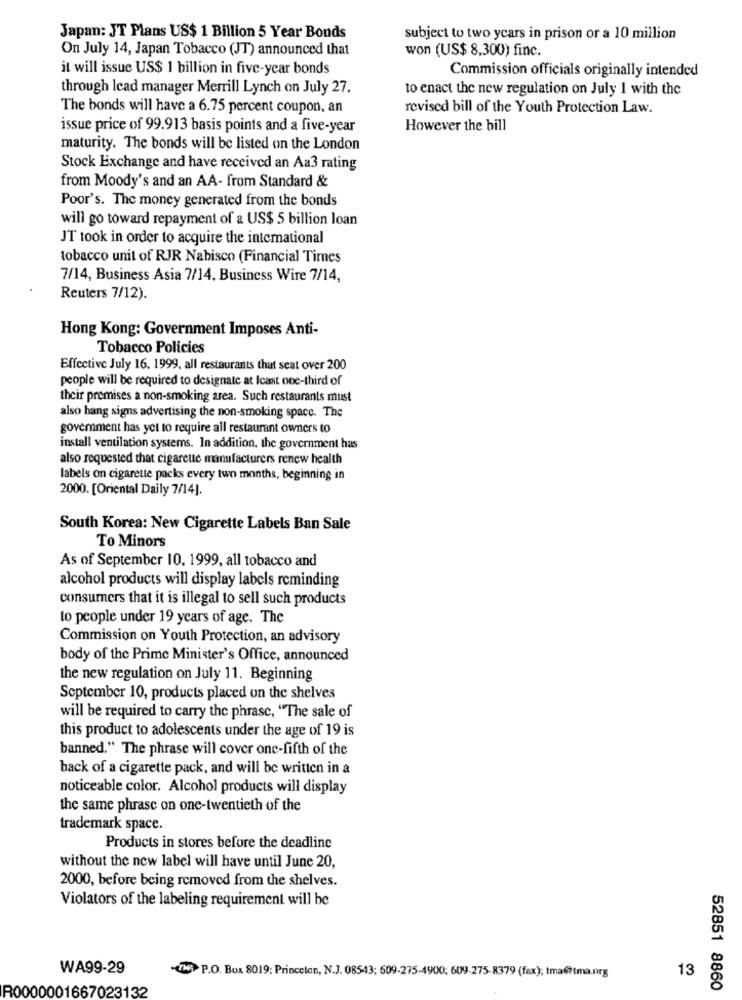
Japan: JT Plans US$ 1 Billion 5 Year Bonds
subject to two years in prison or a 10 million
On July 14, Japan Tobacco (JT) announced that
won (US$ 8,300) finc.
it will issue US$ 1 billion in five-year bonds
Commission officials originally intended
through lead manager Merrill Lynch on July 27.
to enact the new regulation on July 1 with the
The bonds will have a 6.75 percent coupon, an
revised bill of the Youth Protection Law.
issue price of 99.913 basis points and a five-year
However the bill
maturity. The bonds will be listed on the London
Stock Exchange and have received an Aa3 rating
from Moody's and an AA- from Standard &
Poor's. The money generated from the bonds
will go toward repayment of & US$ 5 billion loan
JT took in order to acquire the international
tobacco unit of RJR Nabisco (Financial Times
7/14, Business Asia 7/14, Business Wire 7/14,
Reuters 7/12).
Hong Kong: Government Imposes Anti-
Tobacco Policies
Effective July 16. 1999. all restaurants that seat over 200
people will be required to designate at least one-third of
their premises a non-smoking area. Such restaurants must
also hang signs advertising the non-smoking space. The
goverment has yet to require all restaurant owners to
install ventilation systems. In addition, the government has
also requested that cigarette manufacturers renew health
labels on cigarette packs every two months, beginning in
2000. [Oriental Daily 7/14].
South Korea: New Cigarette Labels Ban Sale
To Minors
As of September 10, 1999, all tobacco and
alcohol products will display labels reminding
consumers that it is illegal to sell such products
to people under 19 years of age. The
Commission on Youth Protection, an advisory
body of the Prime Minister's Office, announced
the new regulation on July 11. Beginning
September 10, products placed on the shelves
will be required to carry the phrase, "The sale of
this product to adolescents under the age of 19 is
banned." The phrase will cover one-fifth of the
back of a cigarette pack, and will be written in a
noticeable color. Alcohol products will display
the same phrase on one-twentieth of the
trademark space.
Products in stores before the deadline
without the new label will have until June 20,
2000, before being removed from the shelves.
Violators of the labeling requirement will be
WA99-29
13
TH: P.O. Box 8019: Princeton, N.J. 08543; 609.275-4900; 609.275-8379 (fex); tma@tma.org
R0000001667023132
52851 8860